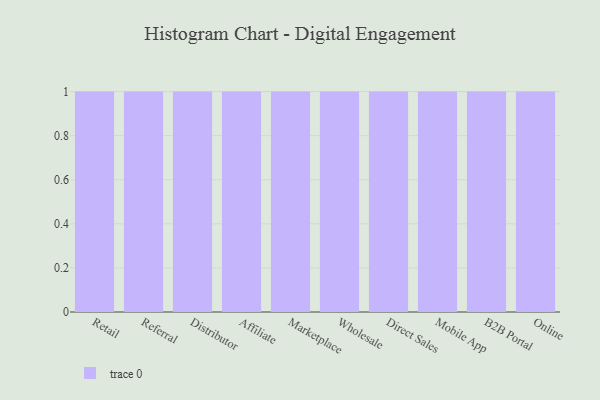
{"axis": {"x": "Channel", "y": "Active Users"}, "legend": [""], "data": [{"x": "Retail", "y": 23, "type": ""}, {"x": "Referral", "y": 25, "type": ""}, {"x": "Distributor", "y": 94, "type": ""}, {"x": "Affiliate", "y": 59, "type": ""}, {"x": "Marketplace", "y": 11, "type": ""}, {"x": "Wholesale", "y": 24, "type": ""}, {"x": "Direct Sales", "y": 81, "type": ""}, {"x": "Mobile App", "y": 8, "type": ""}, {"x": "B2B Portal", "y": 68, "type": ""}, {"x": "Online", "y": 83, "type": ""}]}